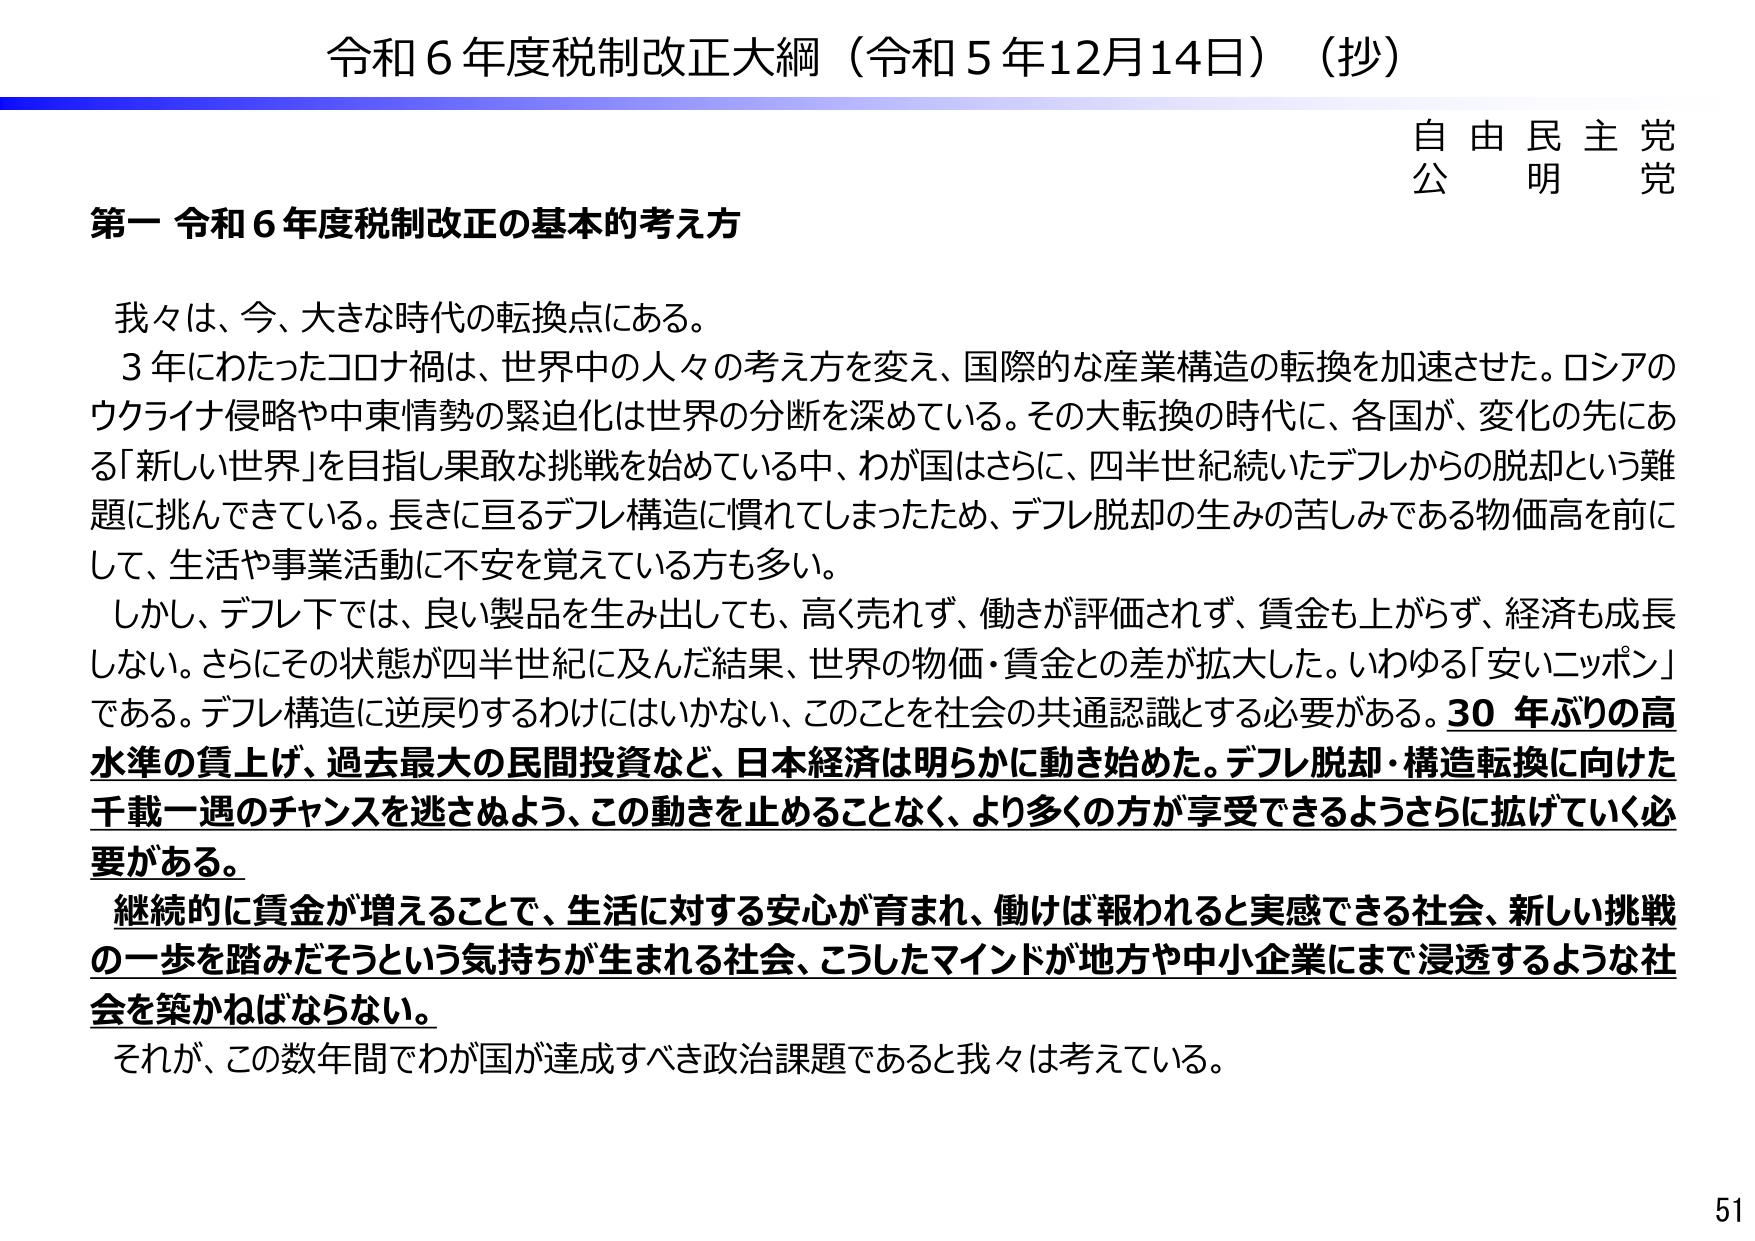
令和６年度税制改正大綱（令和５年12月14日）（抄）

自由民主党
公明党

第一 令和６年度税制改正の基本的考え方

我々は、今、大きな時代の転換点にある。
３年にわたったコロナ禍は、世界中の人々の考え方を変え、国際的な産業構造の転換を加速させた。ロシアのウクライナ侵略や中東情勢の緊迫化は世界の分断を深めている。その大転換の時代に、各国が、変化の先にある「新しい世界」を目指し果敢な挑戦を始めている中、わが国はさらに、四半世紀続いたデフレからの脱却という難題に挑んできている。長きに亘るデフレ構造に慣れてしまったため、デフレ脱却の生みの苦しみである物価高を前にして、生活や事業活動に不安を覚えている方も多くいる。
しかし、デフレ下では、良い製品を生み出しても、高く売れず、働きが評価されず、賃金も上がらず、経済も成長しない。さらにその状態が四半世紀に及んだ結果、世界の物価・賃金との差が拡大した。いわゆる「安いニッポン」である。デフレ構造に逆戻りするわけにはいかない、このことを社会の共通認識とする必要がある。30年ぶりの高水準の賃上げ、過去最大の民間投資など、日本経済は明らかに動き始めた。デフレ脱却・構造転換に向けた千載一遇のチャンスを逃さぬよう、この動きを止めることなく、より多くの方が享受できるようさらに拡げていく必要がある。
継続的に賃金が増えることで、生活に対する安心が育まれ、働けば報われると実感できる社会、新しい挑戦の一歩を踏みだそうという気持ちが生まれる社会、こうしたマインドが地方や中小企業にまで浸透するような社会を築かねばならない。
それが、この数年間でわが国が達成すべき政治課題であると我々は考えている。

51